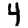
Digit: 4